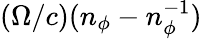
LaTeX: {(\Omega/c)(n_{\phi}-n_{\phi}^{-1})}